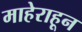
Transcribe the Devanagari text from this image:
माहेराहून